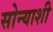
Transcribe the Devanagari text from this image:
सोन्याशी